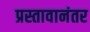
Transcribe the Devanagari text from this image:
प्रस्तावानंतर